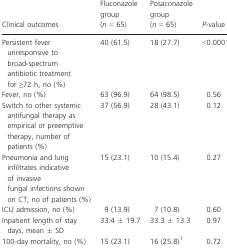
<table><thead><tr><td><b>Clinical outcomes</b></td><td><b>Fluconazole group (<i>n</i> = 65)</b></td><td><b>Posaconazole group (<i>n</i> = 65)</b></td><td><b><i>P</i>-value</b></td></tr></thead><tbody><tr><td>Persistent fever unresponsive to broad-spectrum antibiotic treatment for ≥72 h, no (%)</td><td>40 (61.5)</td><td>18 (27.7)</td><td>&lt;0.0001</td></tr><tr><td>Fever, no (%)</td><td>63 (96.9)</td><td>64 (98.5)</td><td>0.56</td></tr><tr><td>Switch to other systemic antifungal therapy as empirical or preemptive therapy, number of patients (%)</td><td>37 (56.9)</td><td>28 (43.1)</td><td>0.12</td></tr><tr><td>Pneumonia and lung infiltrates indicative of invasive fungal infections shown on CT, no of patients (%)</td><td>15 (23.1)</td><td>10 (15.4)</td><td>0.27</td></tr><tr><td>ICU admission, no (%)</td><td>9 (13.9)</td><td>7 (10.8)</td><td>0.60</td></tr><tr><td>Inpatient length of stay days, mean ± SD</td><td>33.4 ± 19.7</td><td>33.3 ± 13.3</td><td>0.97</td></tr><tr><td>100-day mortality, no (%)</td><td>15 (23.1)</td><td>16 (25.8)1</td><td>0.72</td></tr></tbody></table>